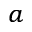
^ { a }